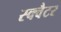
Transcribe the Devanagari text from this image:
स्क्वैटर